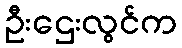
ဦးဌေးလွင်က